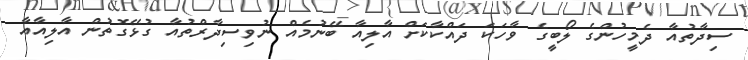
ސިދާތުއާ ދެމީހުންގެ ލޯބީގެ ވާހަކަ ދައްކާކަށް އާލިއާ ބޭނުމެއް ނުވިސިދާރްތުއާ ގުޅޭގޮތުން އާލިއާއާ